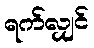
ရက်လျှင်